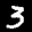
Label: 3